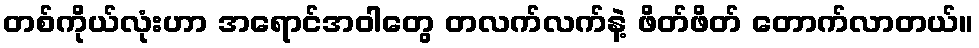
တစ်ကိုယ်လုံးဟာ အရောင်အဝါတွေ တလက်လက်နဲ့ ဖိတ်ဖိတ် တောက်လာတယ်။